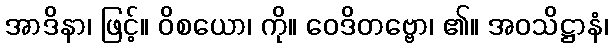
အာဒိနာ၊ ဖြင့်။ ဝိစယော၊ ကို။ ဝေဒိတဗ္ဗော၊ ၏။ အဝသိဋ္ဌာနံ၊